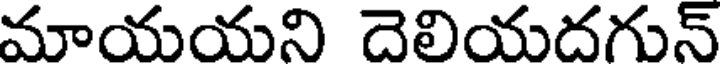
మాయయని దెలియదగున్